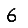
Digit: 6